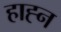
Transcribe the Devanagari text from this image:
हाह्न